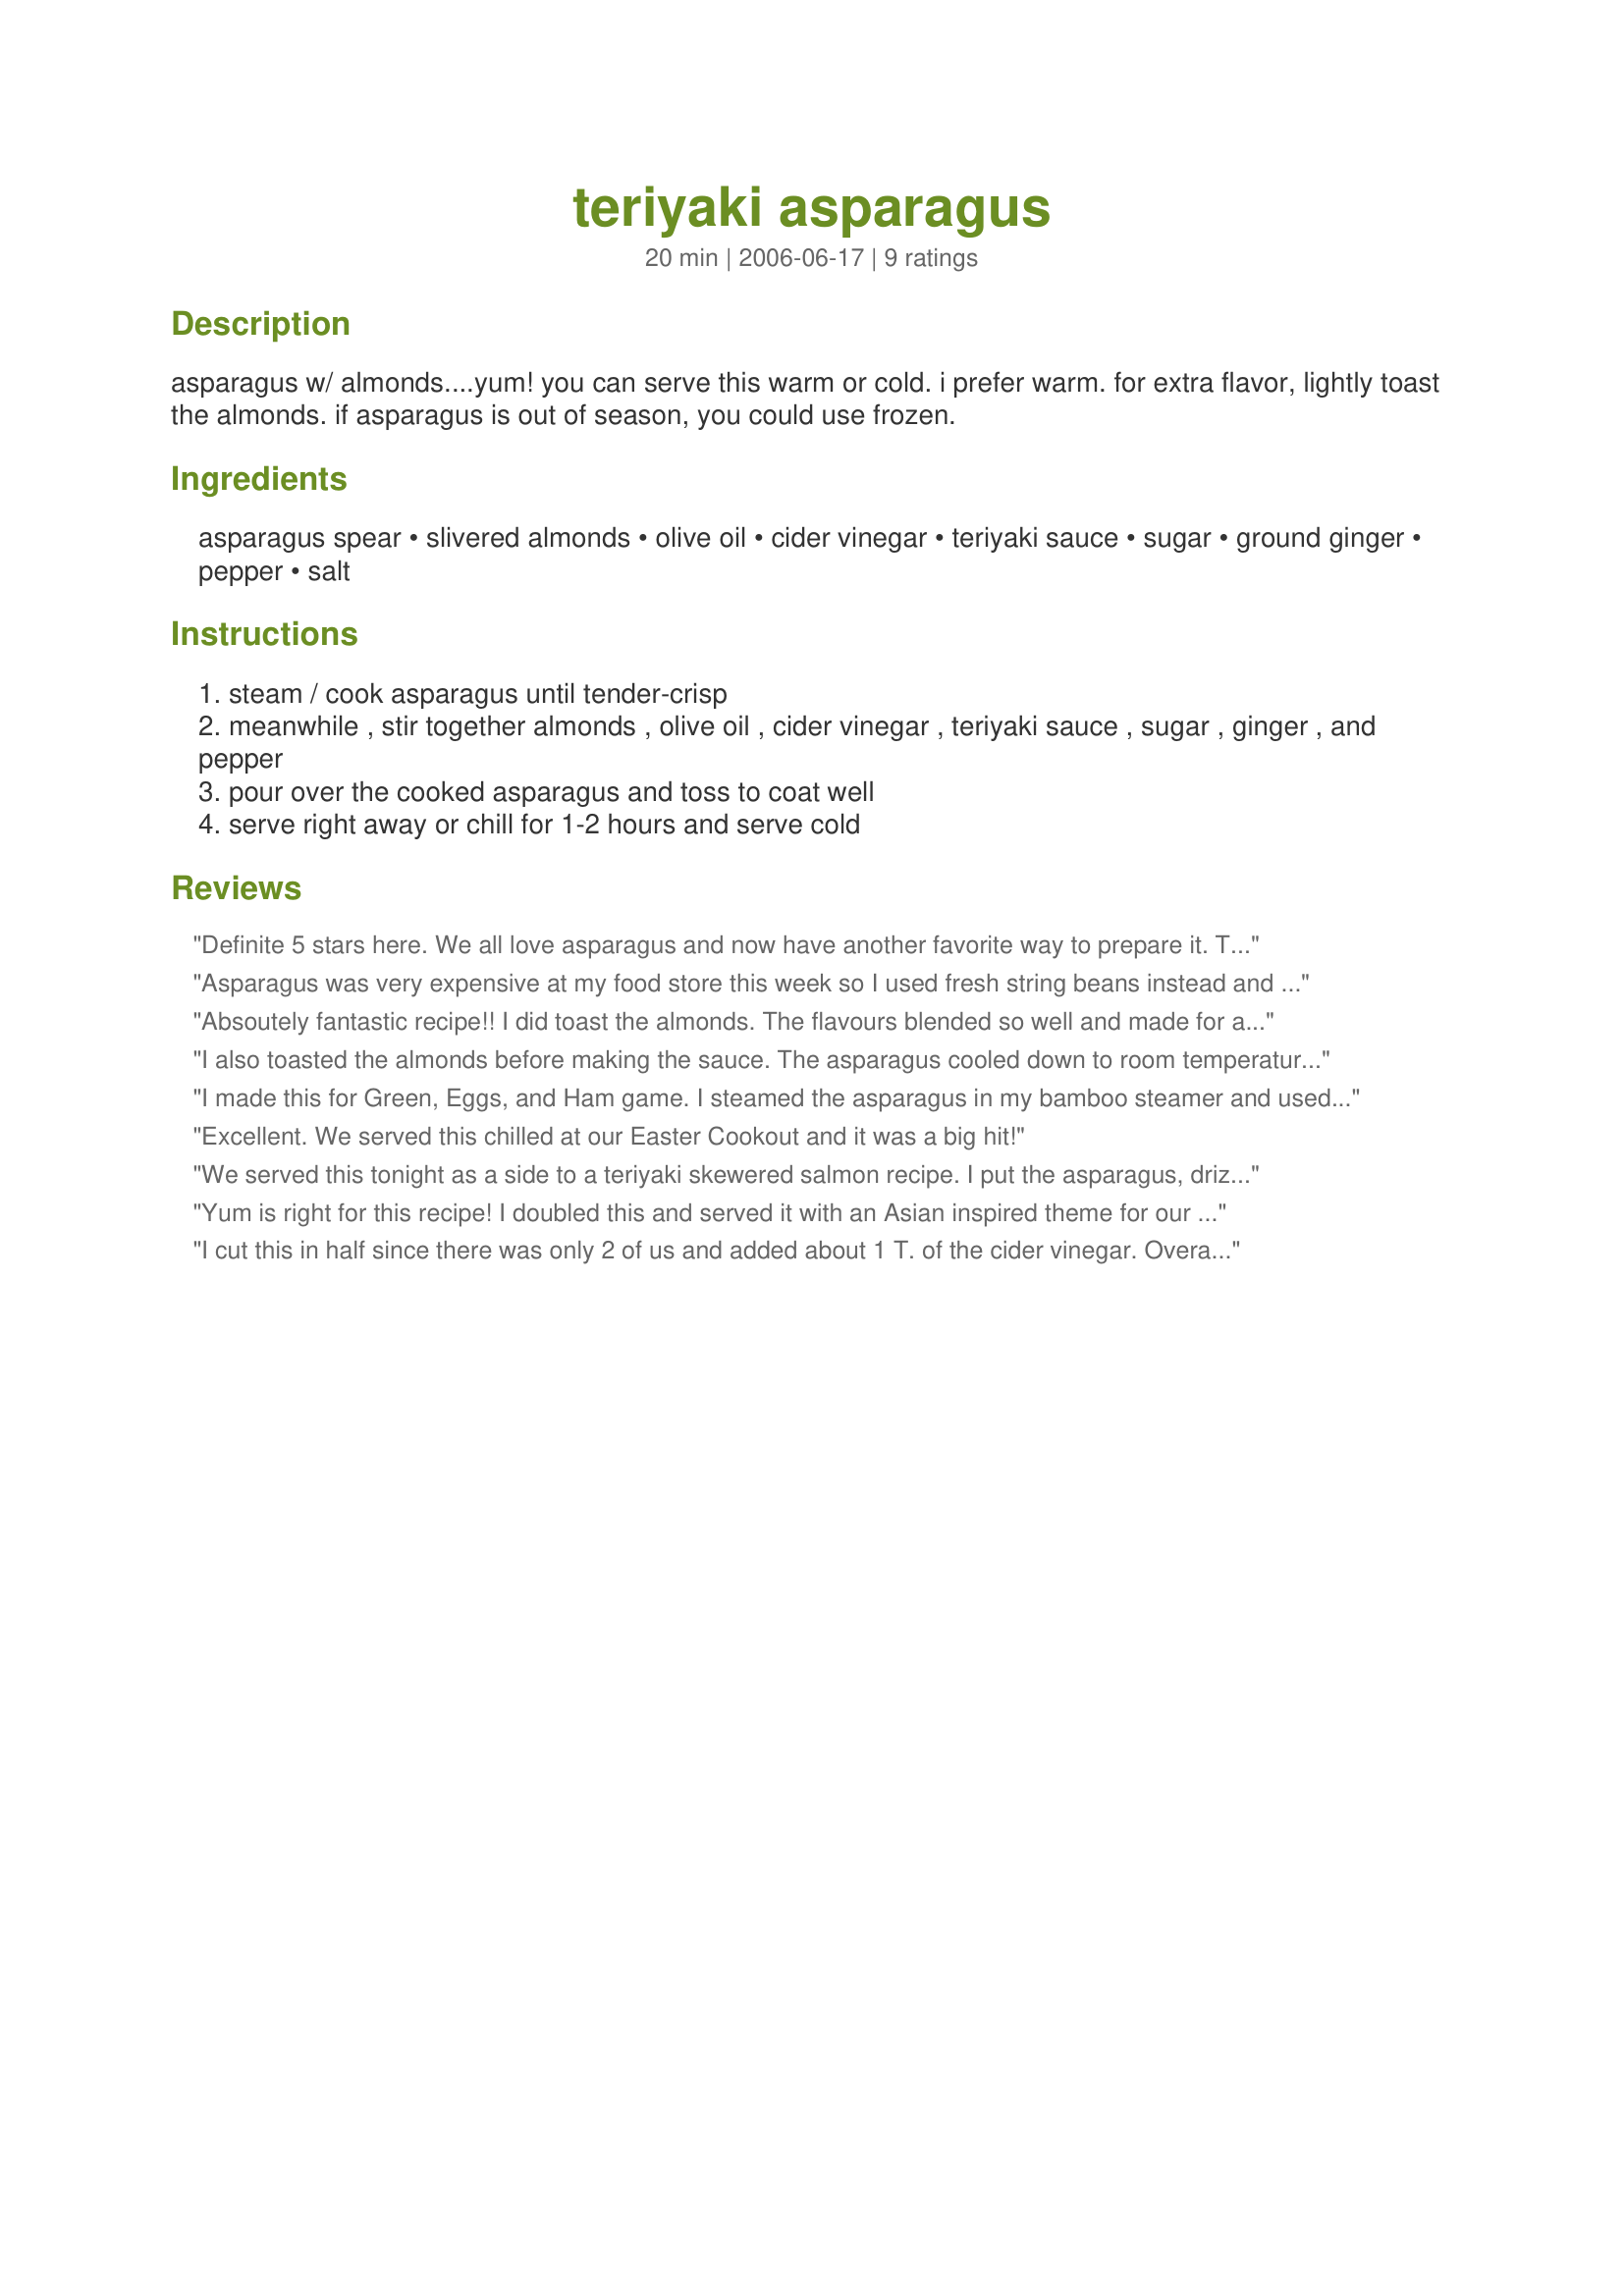
teriyaki asparagus
Preparation time: 20 minutes

asparagus w/ almonds....yum! you can serve this warm or cold. i prefer warm. for extra flavor, lightly toast the almonds. if asparagus is out of season, you could use frozen.

Ingredients:
asparagus spear, slivered almonds, olive oil, cider vinegar, teriyaki sauce, sugar, ground ginger, pepper, salt

Steps:
steam / cook asparagus until tender-crisp
meanwhile , stir together almonds , olive oil , cider vinegar , teriyaki sauce , sugar , ginger , and pepper
pour over the cooked asparagus and toss to coat well
serve right away or chill for 1-2 hours and serve cold

Reviews:
Definite 5 stars here. We all love asparagus and now have another favorite way to prepare it. Thanks so much Parsley!
Asparagus was very expensive at my food store this week so I used fresh string beans instead and followed your recipe to a T. They came out delicious and I got rave reviews. Will definitely make again with either the string beans or asparagus when it goes on sale.
Absoutely fantastic recipe!! I did toast the almonds. The flavours blended so well and made for a delicious twist on asparagus. Next time I would be tempted to thicken this sauce a little so it sticks to the asparagus more, it was so yummy!
Thanks for a terrific recipe Parsley!
I also toasted the almonds before making the sauce. The asparagus cooled down to room temperature before we finished the meal and it tasted good - I am taking the chilled leftovers to have for lunch tomorrow. My husband, who doesn't care for vegetables in general, took a second helping so it must be good!
I made this for Green, Eggs, and Ham game. I steamed the asparagus in my bamboo steamer and used recipe#204223 for the teriyaki sauce. I felt the vinegar flavor was a little strong for me, but otherwise, was pretty tasty!
Excellent. We served this chilled at our Easter Cookout and it was a big hit!
We served this tonight as a side to a teriyaki skewered salmon recipe. I put the asparagus, drizzled with a little olive oil, under a broiler, which turned out nice. I found the dish to be tasty, however, I agree with WI Cheesehead that the vinegar flavor was a little too strong for DH and myself. This dish was quick and easy to prepare. Thanks!
Yum is right for this recipe! I doubled this and served it with an Asian inspired theme for our dinner. I stir-fried the asparagus in the olive oil and when tender-crisp added the remaining ingredients. We loved the combination of flavors. Made for ZWT6.
I cut this in half since there was only 2 of us and added about 1 T. of the cider vinegar. Overall, we just LOVED this! I steamed the asparagus in the microwave and then added the vinaigrette dressing. I topped the asparagus with the toasted almonds which made for a pretty presentation. A great addition to the grilled salmon we had. Thanks!
